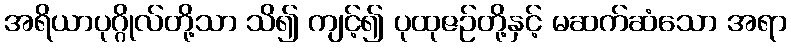
အရိယာပုဂ္ဂိုလ်တို့သာ သိ၍ ကျင့်၍ ပုထုဇဉ်တို့နှင့် မဆက်ဆံသော အရာ